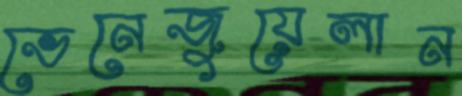
ভেনেজুয়েলান